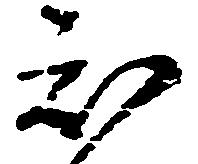
知